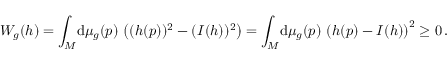
W _ { g } ( h ) = \int _ { M } \! \mathrm { d } \mu _ { g } ( p ) \, \left( ( h ( p ) ) ^ { 2 } - ( I ( h ) ) ^ { 2 } \right) = \int _ { M } \! \mathrm { d } \mu _ { g } ( p ) \, \left( h ( p ) - I ( h ) \right) ^ { 2 } \ge 0 \, .